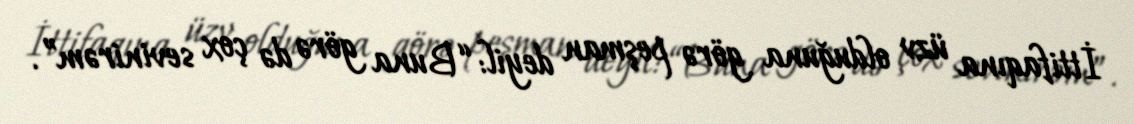
İttifaqına üzv olduğuna görə peşman deyil: “Buna görə də çox sevinirəm”.